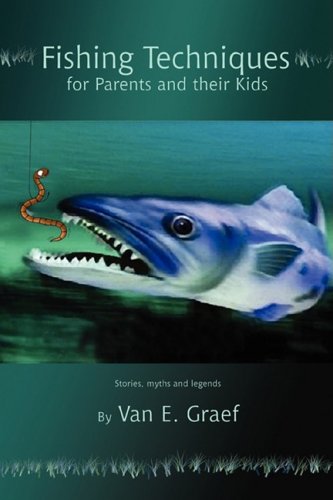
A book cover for Fishing Techniques for Parents and their Kids: Stories, myths and legends; Van Graef; Children's Books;